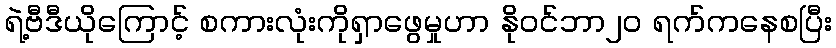
ရဲ့ဗီဒီယိုကြောင့် စကားလုံးကိုရှာဖွေမှုဟာ နိုဝင်ဘာ၂၀ ရက်ကနေစပြီး